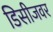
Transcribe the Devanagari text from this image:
डिसीजवर